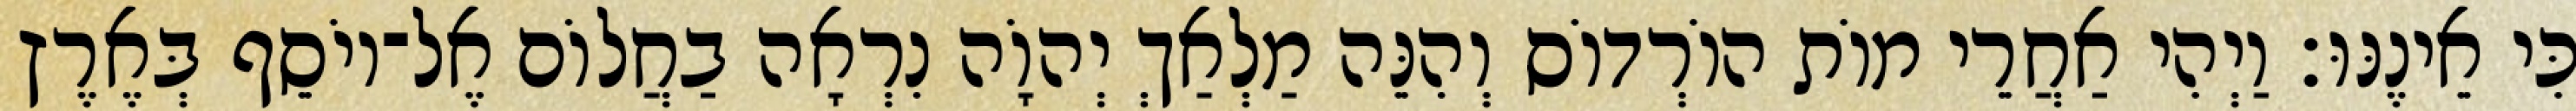
כִּי אֵינֶנּוּ׃ וַיְהִי אַחֲרֵי מוֹת הוֹרְדוֹס וְהִנֵּה מַלְאַךְ יְהוָֹה נִרְאָה בַחֲלוֹם אֶל־יוֹסֵף בְּאֶרֶץ